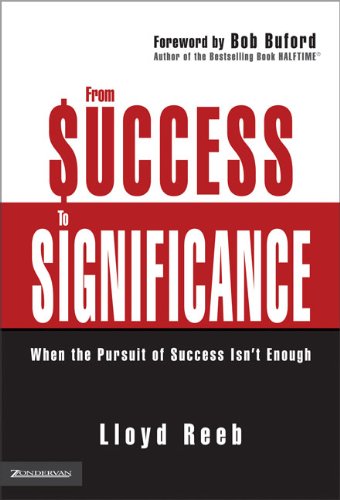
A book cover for From Success to Significance: When the Pursuit of Success Isn't Enough; Lloyd Reeb; Self-Help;